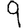
Digit: 9